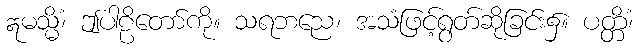
ဣမသ္မိံ၊ ဤပါဠိတော်ကို။ သရဘညေ၊ အသံဖြင့်ရွတ်ဆိုခြင်း၌။ ပတ္တိံ၊